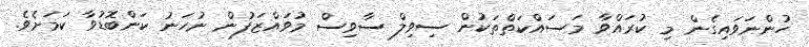
ހުންނަވައިގެން މި ކުރައްވާ މަސައްކަތްތަކުން ސިވިލް ސާވިސް މުވައްޒަފުން ނުހަނު ކަންބޮޑުވާ ކަމަށެވެ.